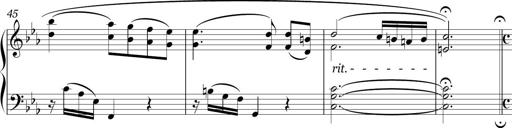
Title: Sonatina in E minor
Composer: Shuwen Zhang
Key: E minor